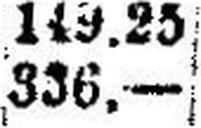
336.—